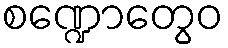
စဏ္ဍောတွေဝ